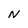
Character: N